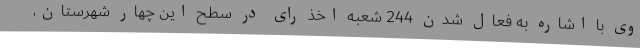
وی با اشاره به فعال شدن 244 شعبه اخذ رای در سطح این چهار شهرستان،